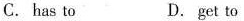
C. has to D. get to